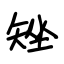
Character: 矬